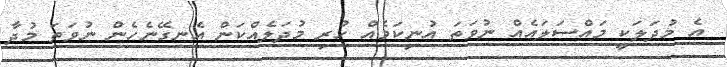
އެ މުދަލަކީ މައްސަލައެއް ނުވަތަ އުނިކަމެއް ހުރި މުދަލެއްކަން އެނގޭނެހެން ނުވަތަ މުދާ